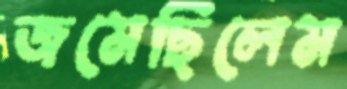
জমেছিলেম